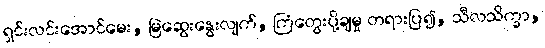
ရှင်းလင်းအောင်မေး, မြဲဆွေးနွေးလျက်, ကြံတွေးပို့ချမှု တရားပြ၍, သီလသိက္ခာ,